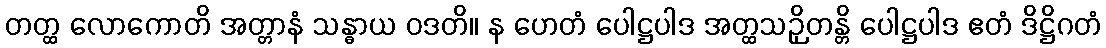
တတ္ထ လောကောတိ အတ္တာနံ သန္ဓာယ ဝဒတိ။ န ဟေတံ ပေါဋ္ဌပါဒ အတ္ထသဉှိတန္တိ ပေါဋ္ဌပါဒ ဧတံ ဒိဋ္ဌိဂတံ